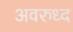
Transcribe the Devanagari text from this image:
अवरुध्द